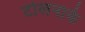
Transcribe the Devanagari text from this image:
टोलनाके